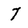
Character: 7